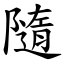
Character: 隨